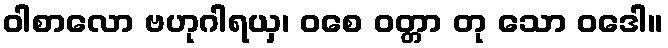
ဝါစာလော ဗဟုဂါရယှ၊ ဝစေ ဝတ္တာ တု သော ဝဒေါ။